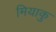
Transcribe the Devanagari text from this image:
मियाकु